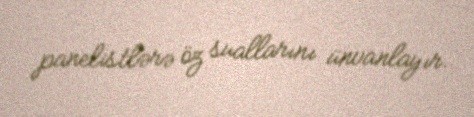
panelistlərə öz suallarını ünvanlayır.